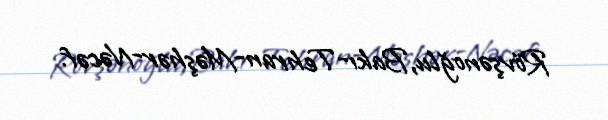
Rövşənoğlu,Bakı-Tehran-Məşhər-Nəcəf.